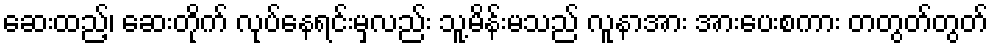
ဆေးထည့်၊ ဆေးတိုက် လုပ်နေရင်းမှလည်း သူ့မိန်းမသည် လူနာအား အားပေးစကား တတွတ်တွတ်